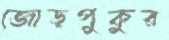
জোড়পুকুর